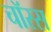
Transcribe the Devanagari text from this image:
चॉरस